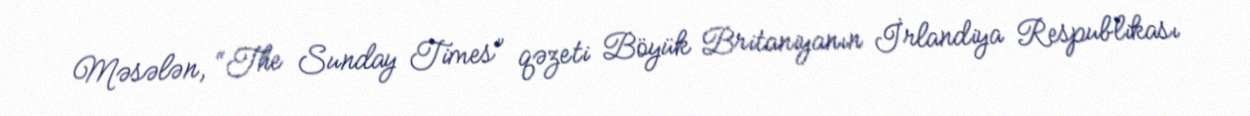
Məsələn, “The Sunday Times” qəzeti Böyük Britaniyanın İrlandiya Respublikası